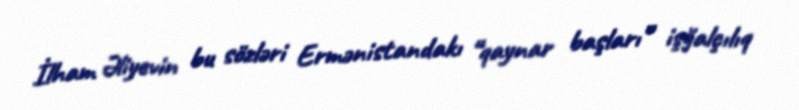
İlham Əliyevin bu sözləri Ermənistandakı “qaynar başları” işğalçılıq